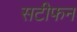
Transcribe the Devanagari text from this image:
सटीफन